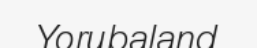
Yorubaland